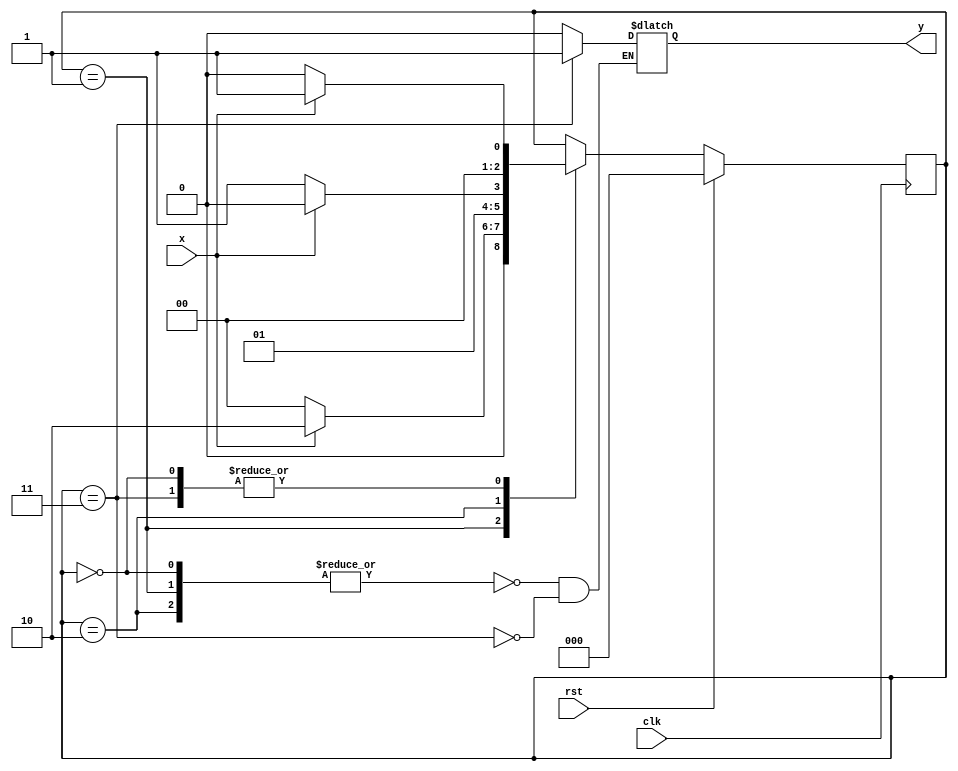
module fsm110(input x,clk,rst,output reg y);
reg [2:0]state;
parameter s0=2'b00,s1=2'b01,s2=2'b10,s3=2'b11;

always @(posedge clk)begin

if (rst)
state<=s0;

else
begin
case(state)
s0:if(x==1)state<=s1;else state<=s0;
s1:if(x==1)state<=s2;else state<=s0;
s2:if(x==1)state<=s2;else state<=s3;
s3:if(x==1)state<=s1;else state<=s0;

endcase
end
end

always @(state)begin
case(state)
s0,s1,s2:y=0;
s3:y=1;
endcase
end
endmodule